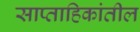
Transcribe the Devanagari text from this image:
साप्ताहिकांतील